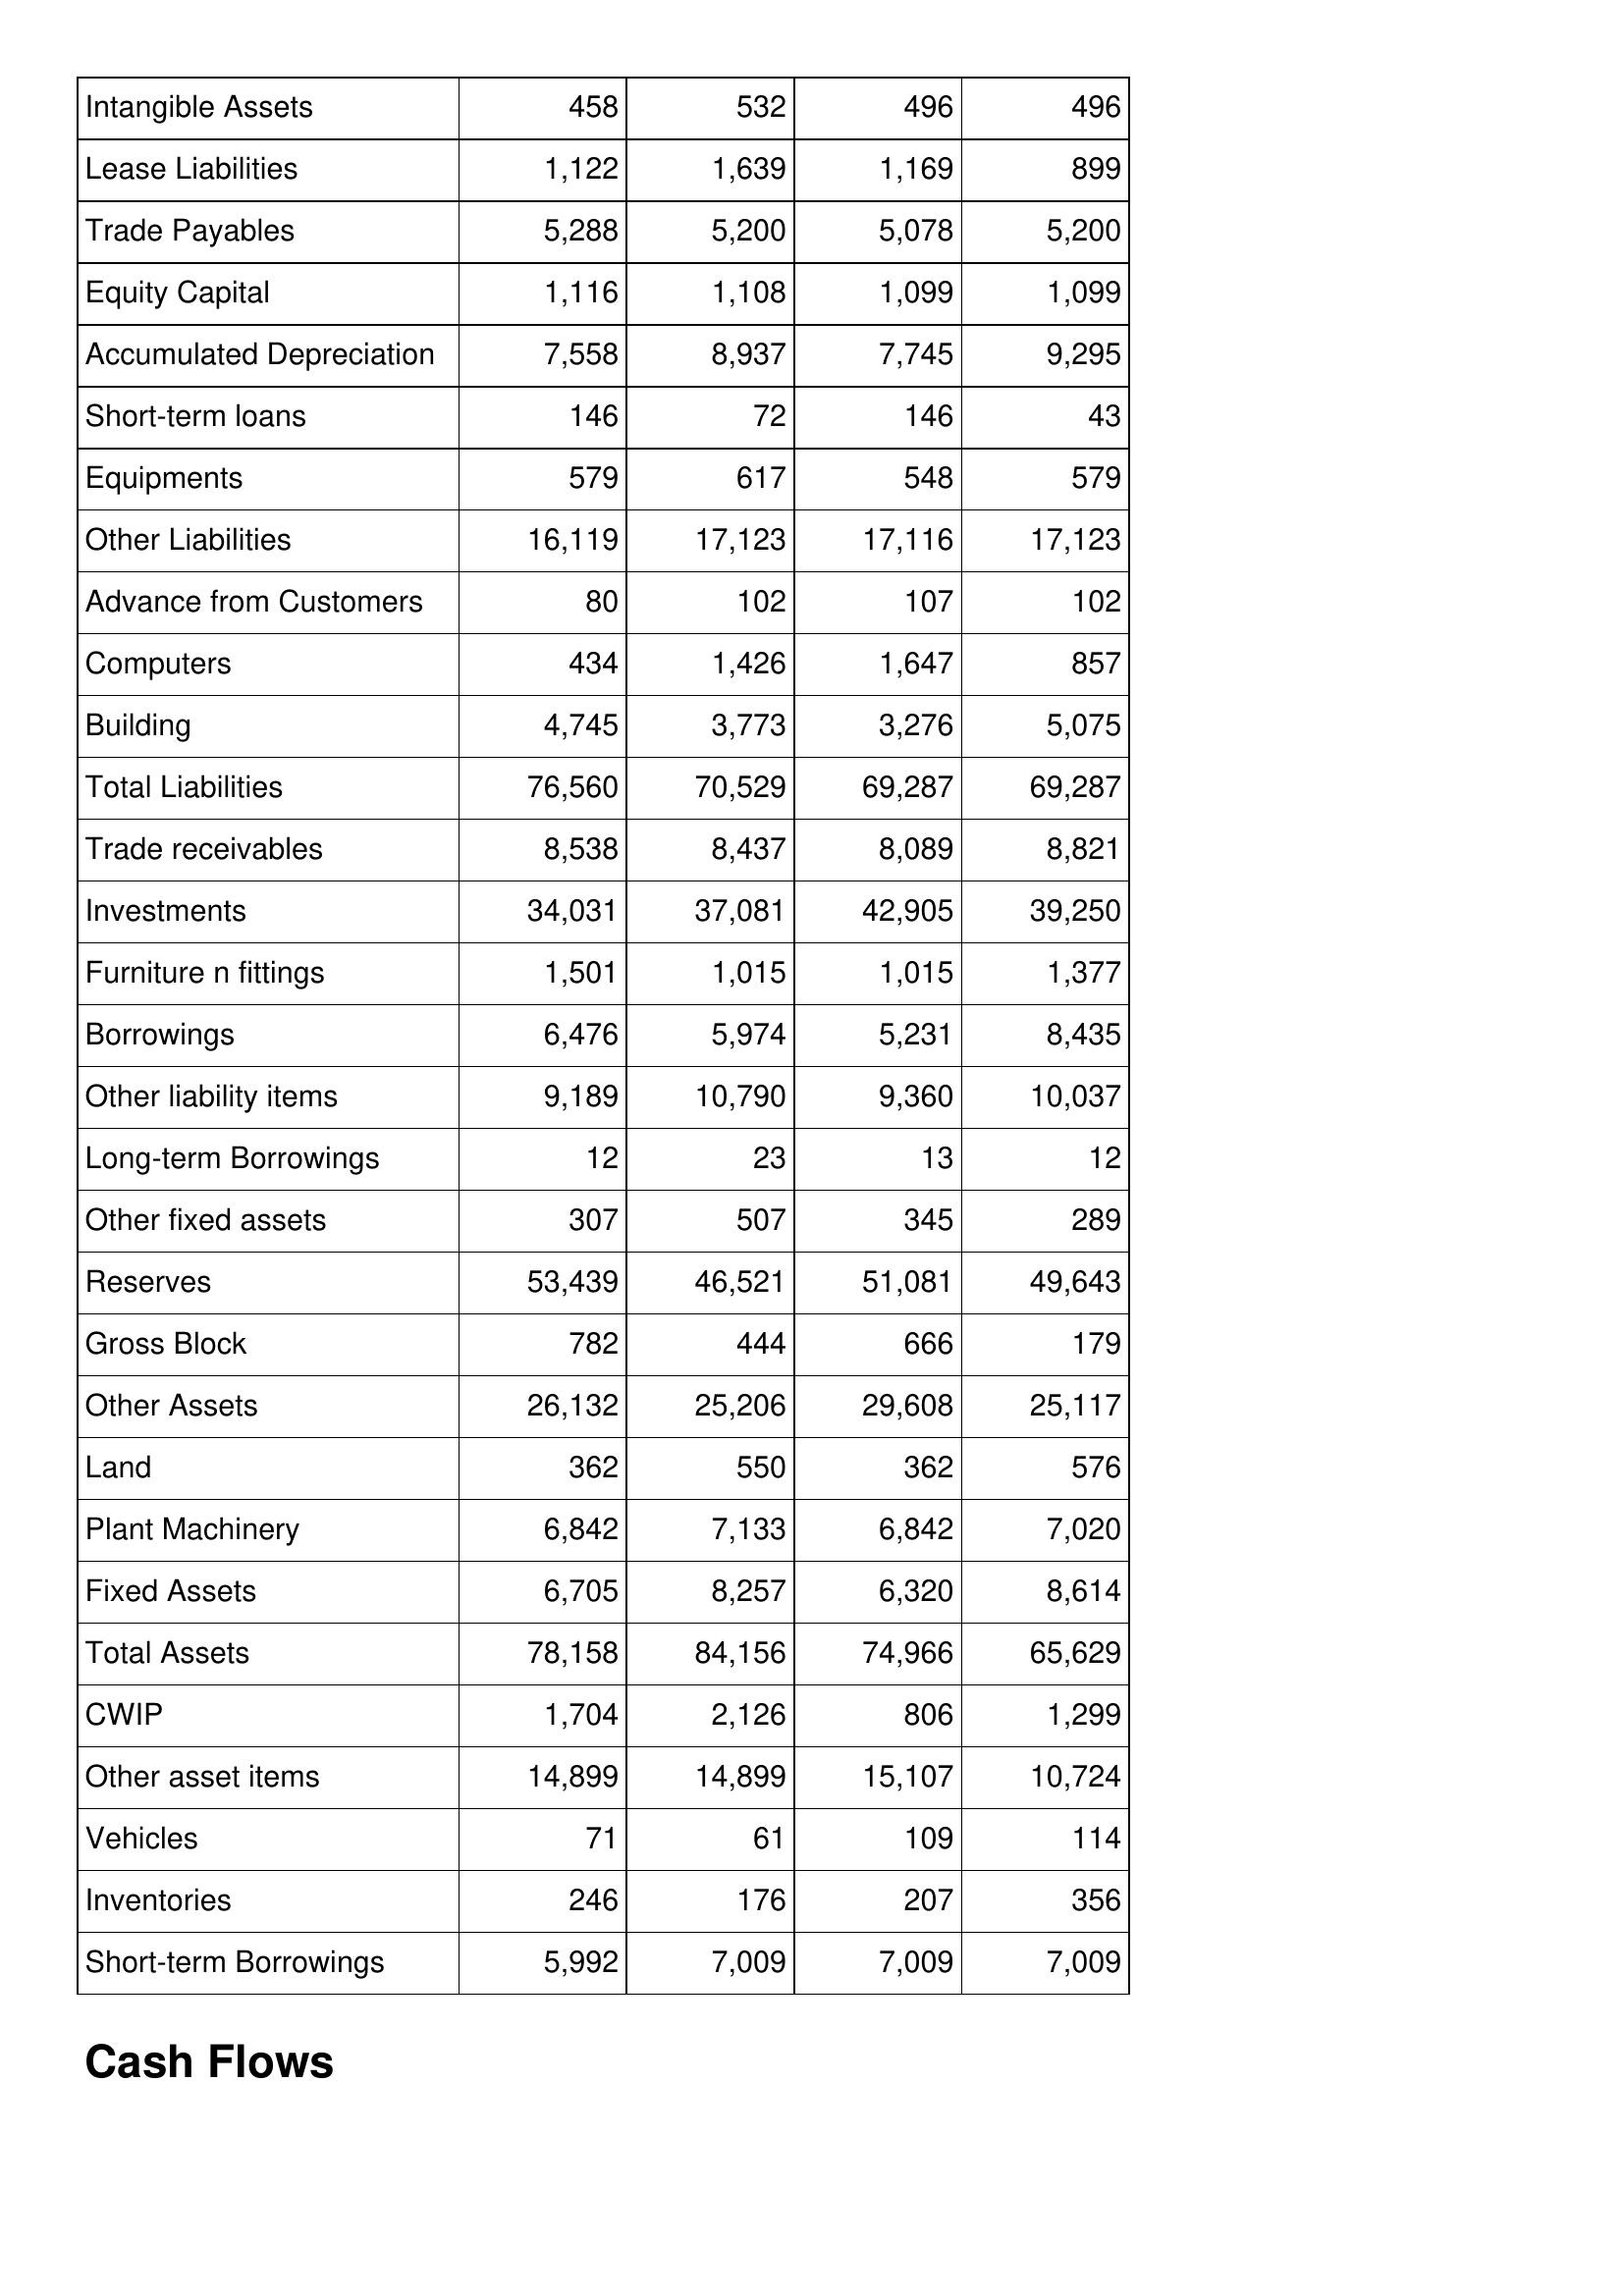
Mar-95: Balance Sheet: Intangible Assets: 458
Lease Liabilities: 1,122
Trade Payables: 5,288
Equity Capital: 1,116
Accumulated Depreciation: 7,558
Short-term loans: 146
Equipments: 579
Other Liabilities: 16,119
Advance from Customers: 80
Computers: 434
Building: 4,745
Total Liabilities: 76,560
Trade receivables: 8,538
Investments: 34,031
Furniture n fittings: 1,501
Borrowings: 6,476
Other liability items: 9,189
Long-term Borrowings: 12
Other fixed assets: 307
Reserves: 53,439
Gross Block: 782
Other Assets: 26,132
Land: 362
Plant Machinery: 6,842
Fixed Assets: 6,705
Total Assets: 78,158
CWIP: 1,704
Other asset items: 14,899
Vehicles: 71
Inventories: 246
Short-term Borrowings: 5,992
Mar-94: Balance Sheet: Intangible Assets: 532
Lease Liabilities: 1,639
Trade Payables: 5,200
Equity Capital: 1,108
Accumulated Depreciation: 8,937
Short-term loans: 72
Equipments: 617
Other Liabilities: 17,123
Advance from Customers: 102
Computers: 1,426
Building: 3,773
Total Liabilities: 70,529
Trade receivables: 8,437
Investments: 37,081
Furniture n fittings: 1,015
Borrowings: 5,974
Other liability items: 10,790
Long-term Borrowings: 23
Other fixed assets: 507
Reserves: 46,521
Gross Block: 444
Other Assets: 25,206
Land: 550
Plant Machinery: 7,133
Fixed Assets: 8,257
Total Assets: 84,156
CWIP: 2,126
Other asset items: 14,899
Vehicles: 61
Inventories: 176
Short-term Borrowings: 7,009
Mar-93: Balance Sheet: Intangible Assets: 496
Lease Liabilities: 1,169
Trade Payables: 5,078
Equity Capital: 1,099
Accumulated Depreciation: 7,745
Short-term loans: 146
Equipments: 548
Other Liabilities: 17,116
Advance from Customers: 107
Computers: 1,647
Building: 3,276
Total Liabilities: 69,287
Trade receivables: 8,089
Investments: 42,905
Furniture n fittings: 1,015
Borrowings: 5,231
Other liability items: 9,360
Long-term Borrowings: 13
Other fixed assets: 345
Reserves: 51,081
Gross Block: 666
Other Assets: 29,608
Land: 362
Plant Machinery: 6,842
Fixed Assets: 6,320
Total Assets: 74,966
CWIP: 806
Other asset items: 15,107
Vehicles: 109
Inventories: 207
Short-term Borrowings: 7,009
Mar-92: Balance Sheet: Intangible Assets: 496
Lease Liabilities: 899
Trade Payables: 5,200
Equity Capital: 1,099
Accumulated Depreciation: 9,295
Short-term loans: 43
Equipments: 579
Other Liabilities: 17,123
Advance from Customers: 102
Computers: 857
Building: 5,075
Total Liabilities: 69,287
Trade receivables: 8,821
Investments: 39,250
Furniture n fittings: 1,377
Borrowings: 8,435
Other liability items: 10,037
Long-term Borrowings: 12
Other fixed assets: 289
Reserves: 49,643
Gross Block: 179
Other Assets: 25,117
Land: 576
Plant Machinery: 7,020
Fixed Assets: 8,614
Total Assets: 65,629
CWIP: 1,299
Other asset items: 10,724
Vehicles: 114
Inventories: 356
Short-term Borrowings: 7,009